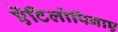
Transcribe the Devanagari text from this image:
ऐंटिलोपिनाए